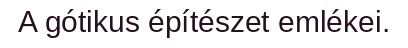
A gótikus építészet emlékei.